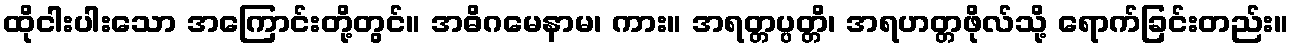
ထိုငါးပါးသော အကြောင်းတို့တွင်။ အဓိဂမေနာမ၊ ကား။ အရတ္တပ္ပတ္တိ၊ အရဟတ္တဖိုလ်သို့ ရောက်ခြင်းတည်း။